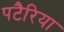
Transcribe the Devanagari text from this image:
पटैरिया